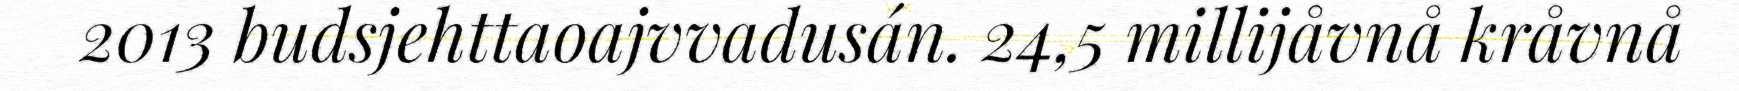
2013 budsjehttaoajvvadusán. 24,5 millijåvnå kråvnå